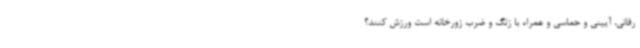
رفانی، آیینی و حماسی و همراه با زنگ و ضرب زورخانه است ورزش کنند؟